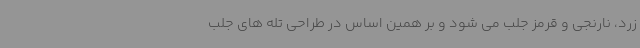
زرد، نارنجی و قرمز جلب می شود و بر همین اساس در طراحی تله های جلب